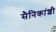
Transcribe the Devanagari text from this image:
सैनिकांशी